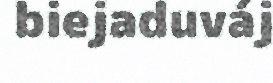
biejaduváj